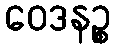
ဝေဒနဉ္စ